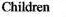
Chikdren